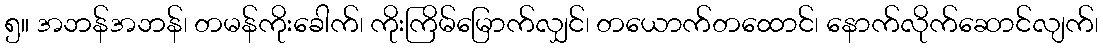
၅။ အဘန်အဘန်၊ တမန်ကိုးခေါက်၊ ကိုးကြိမ်မြောက်လျှင်၊ တယောက်တထောင်၊ နောက်လိုက်ဆောင်လျက်၊